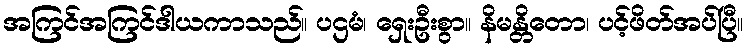
အကြင်အကြင်ဒါယကာသည်။ ပဌမံ၊ ရှေးဦးစွာ။ နိမန္တိတော၊ ပင့်ဖိတ်အပ်ပြီ။